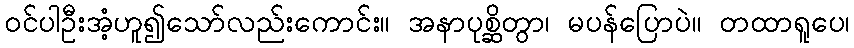
ဝင်ပါဦးအံ့ဟူ၍သော်လည်းကောင်း။ အနာပုစ္ဆိတွာ၊ မပန်ပြောပဲ။ တထာရူပေ၊